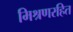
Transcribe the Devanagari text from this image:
मिश्रणरहित